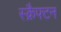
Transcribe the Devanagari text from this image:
स्क्रैफ्टन